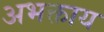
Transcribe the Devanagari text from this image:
अभक्ताय